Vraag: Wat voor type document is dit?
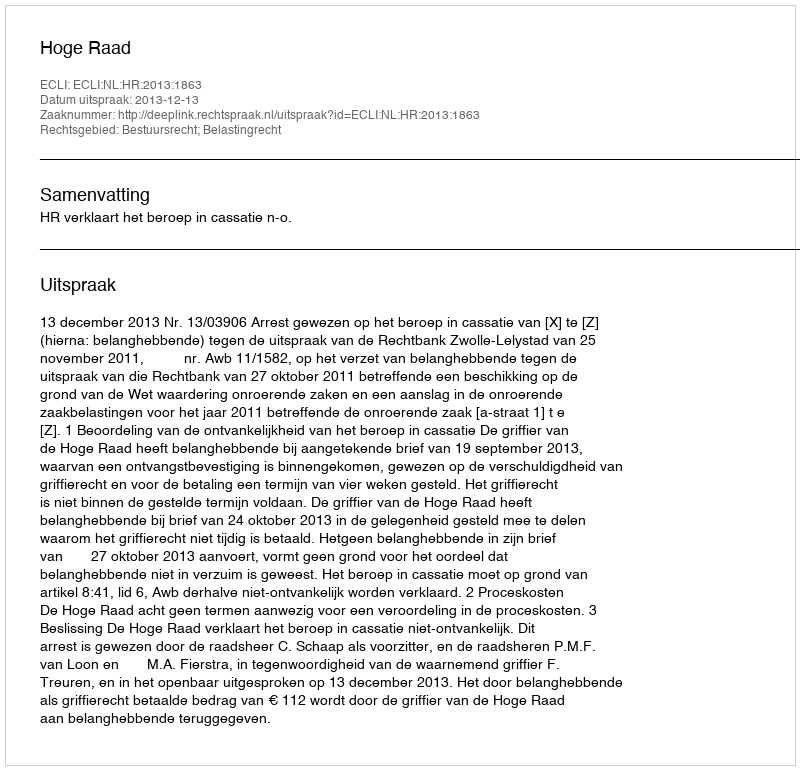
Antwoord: Uitspraak